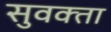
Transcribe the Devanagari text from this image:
सुवक्‍ता